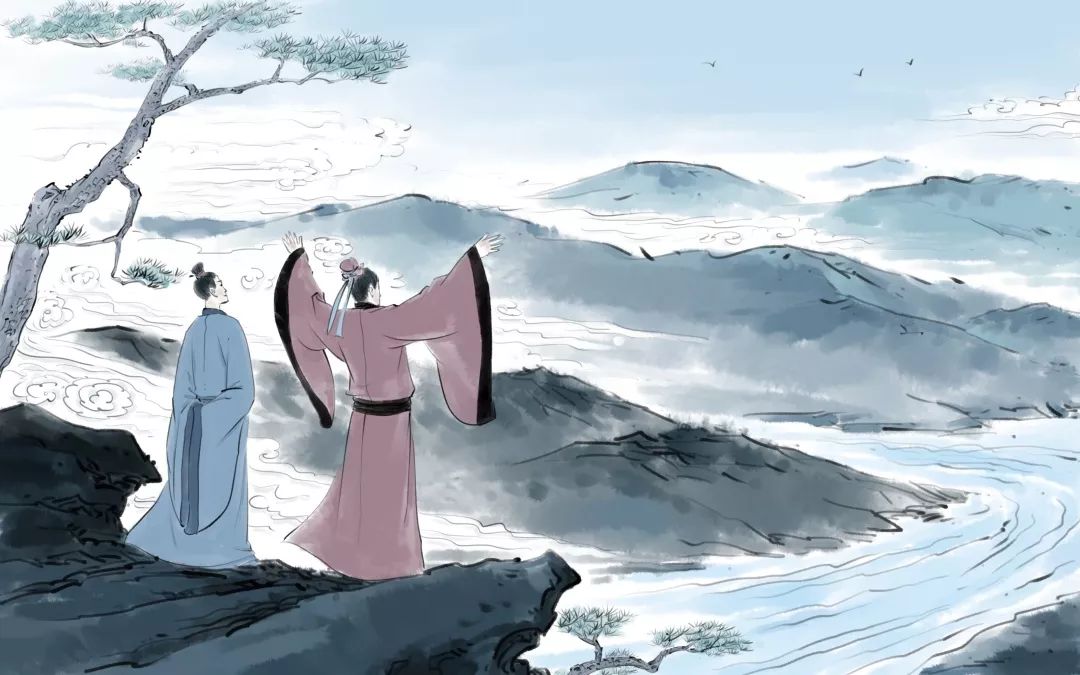
夜来携手梦同游，晨起盈巾泪莫收。